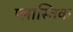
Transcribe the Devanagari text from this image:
प्लास्तिक